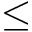
\leq